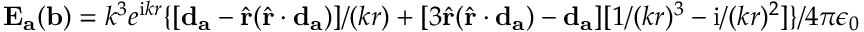
\mathbf { E } _ { \mathbf { a } } ( \mathbf { b } ) = k ^ { 3 } e ^ { \mathrm { i } k r } \{ [ \mathbf { d } _ { \mathbf { a } } - \hat { \mathbf { r } } ( \hat { \mathbf { r } } \cdot \mathbf { d } _ { \mathbf { a } } ) ] / ( k r ) + [ 3 \hat { \mathbf { r } } ( \hat { \mathbf { r } } \cdot \mathbf { d } _ { \mathbf { a } } ) - \mathbf { d } _ { \mathbf { a } } ] [ 1 / ( k r ) ^ { 3 } - \mathrm { i } / ( k r ) ^ { 2 } ] \} / 4 \pi \epsilon _ { 0 }